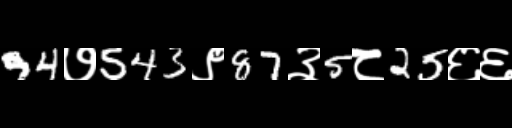
Text: 94७543९87३5८25६६